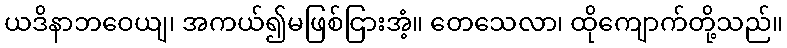
ယဒိနာဘဝေယျ၊ အကယ်၍မဖြစ်ငြားအံ့။ တေသေလာ၊ ထိုကျောက်တို့သည်။